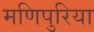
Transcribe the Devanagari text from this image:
मणिपुरिया